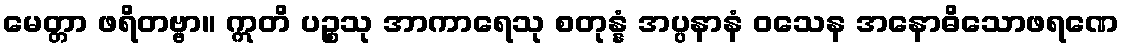
မေတ္တာ ဖရိတဗ္ဗာ။ ဣတိ ပဉ္စသု အာကာရေသု စတုန္နံ အပ္ပနာနံ ဝသေန အနောဓိသောဖရဏေ